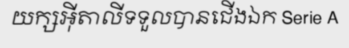
យក្សអ៊ីតាលីទទួលបានជើងឯក Serie A